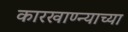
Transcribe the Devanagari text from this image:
कारखाण्न्याच्या